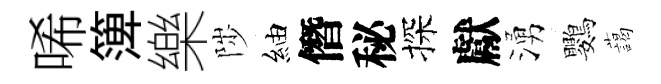
唏𥱼樂陟紬僭秘探獻湧鸚藹